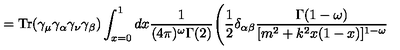
= \mathrm { T r } ( \gamma _ { \mu } \gamma _ { \alpha } \gamma _ { \nu } \gamma _ { \beta } ) \int _ { x = 0 } ^ { 1 } d x \frac { 1 } { ( 4 \pi ) ^ { \omega } \Gamma ( 2 ) } \Bigg ( \frac { 1 } { 2 } \delta _ { \alpha \beta } \frac { \Gamma ( 1 - \omega ) } { [ m ^ { 2 } + k ^ { 2 } x ( 1 - x ) ] ^ { 1 - \omega } }